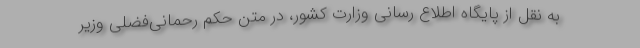
به نقل از پایگاه اطلاع رسانی وزارت کشور، در متن حکم رحمانی‌فضلی وزیر